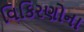
વિકિરણોના